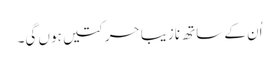
اُن کے ساتھ نازیبا حرکتیں ہوں گی۔